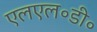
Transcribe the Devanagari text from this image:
एलएल॰डी॰